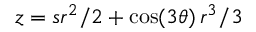
z = s r ^ { 2 } / 2 + \cos ( 3 \theta ) \, r ^ { 3 } / 3